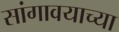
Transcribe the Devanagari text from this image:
सांगावयाच्या